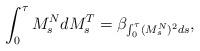
LaTeX: \begin{align*}\int_0^\tau M_s^NdM_s^T=\beta_{\int_0^\tau (M^N_s)^2ds},\end{align*}